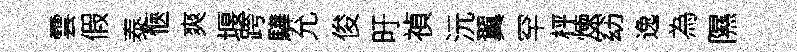
雲假泰愜爽堰跨驊允俊旴禎沅翼罕枰煉窈逸為隰